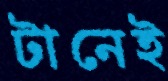
টানেই